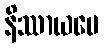
နိဿာယပေ